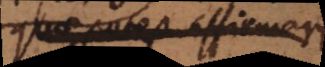
quae potest affirmari.